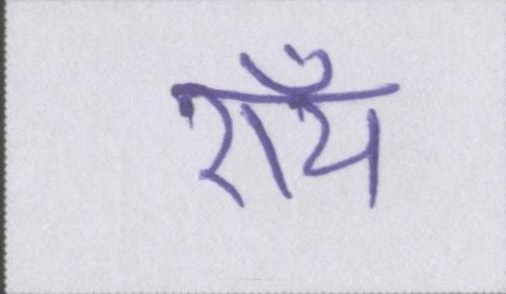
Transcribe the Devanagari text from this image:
रॉय